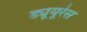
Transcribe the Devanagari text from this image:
ड्यूयूरेस